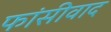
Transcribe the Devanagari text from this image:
फांसीवाद